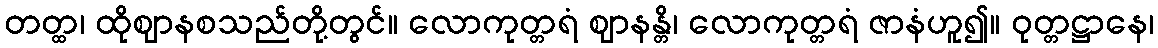
တတ္ထ၊ ထိုဈာနစသည်တို့တွင်။ လောကုတ္တရံ ဈာနန္တိ၊ လောကုတ္တရံ ဇာနံဟူ၍။ ဝုတ္တဋ္ဌာနေ၊